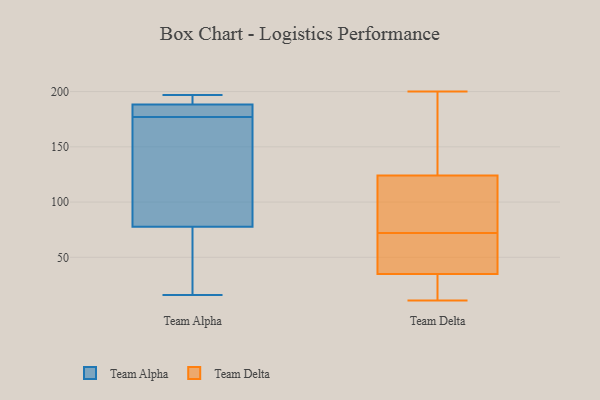
{"axis": {"x": "Website Visitors", "y": "Value"}, "legend": ["Team Alpha", "Team Delta"], "data": [{"x": "", "y": 169, "type": "Team Alpha"}, {"x": "", "y": 183, "type": "Team Alpha"}, {"x": "", "y": 190, "type": "Team Alpha"}, {"x": "", "y": 63, "type": "Team Alpha"}, {"x": "", "y": 122, "type": "Team Alpha"}, {"x": "", "y": 182, "type": "Team Alpha"}, {"x": "", "y": 32, "type": "Team Alpha"}, {"x": "", "y": 191, "type": "Team Alpha"}, {"x": "", "y": 177, "type": "Team Alpha"}, {"x": "", "y": 16, "type": "Team Alpha"}, {"x": "", "y": 197, "type": "Team Alpha"}, {"x": "", "y": 103, "type": "Team Delta"}, {"x": "", "y": 168, "type": "Team Delta"}, {"x": "", "y": 17, "type": "Team Delta"}, {"x": "", "y": 35, "type": "Team Delta"}, {"x": "", "y": 64, "type": "Team Delta"}, {"x": "", "y": 124, "type": "Team Delta"}, {"x": "", "y": 48, "type": "Team Delta"}, {"x": "", "y": 181, "type": "Team Delta"}, {"x": "", "y": 41, "type": "Team Delta"}, {"x": "", "y": 11, "type": "Team Delta"}, {"x": "", "y": 80, "type": "Team Delta"}, {"x": "", "y": 144, "type": "Team Delta"}, {"x": "", "y": 26, "type": "Team Delta"}, {"x": "", "y": 28, "type": "Team Delta"}, {"x": "", "y": 110, "type": "Team Delta"}, {"x": "", "y": 39, "type": "Team Delta"}, {"x": "", "y": 81, "type": "Team Delta"}, {"x": "", "y": 200, "type": "Team Delta"}]}